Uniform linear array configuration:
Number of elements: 64
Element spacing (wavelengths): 0.25
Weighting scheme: hann
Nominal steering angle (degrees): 0
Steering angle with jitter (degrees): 1.742
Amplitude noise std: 0.05
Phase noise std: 0.05

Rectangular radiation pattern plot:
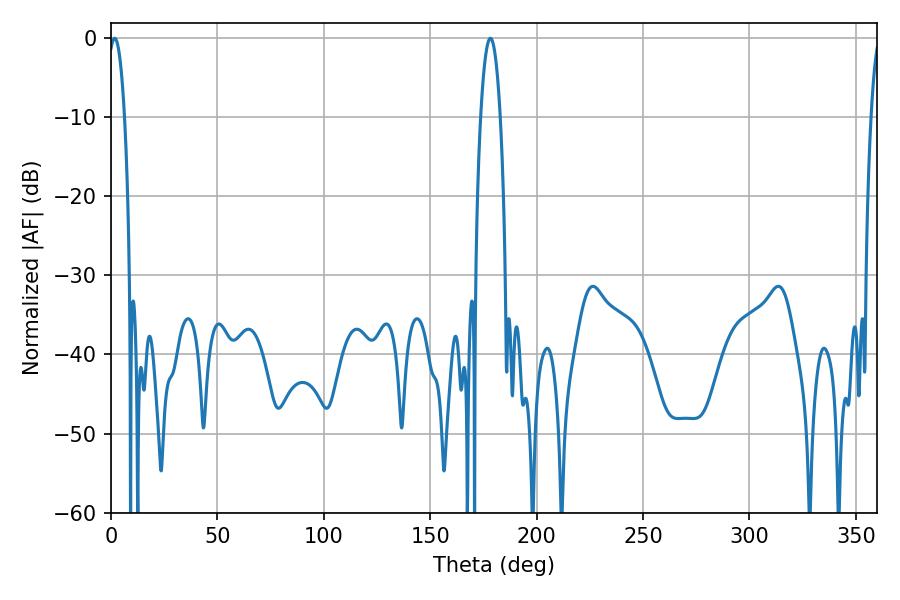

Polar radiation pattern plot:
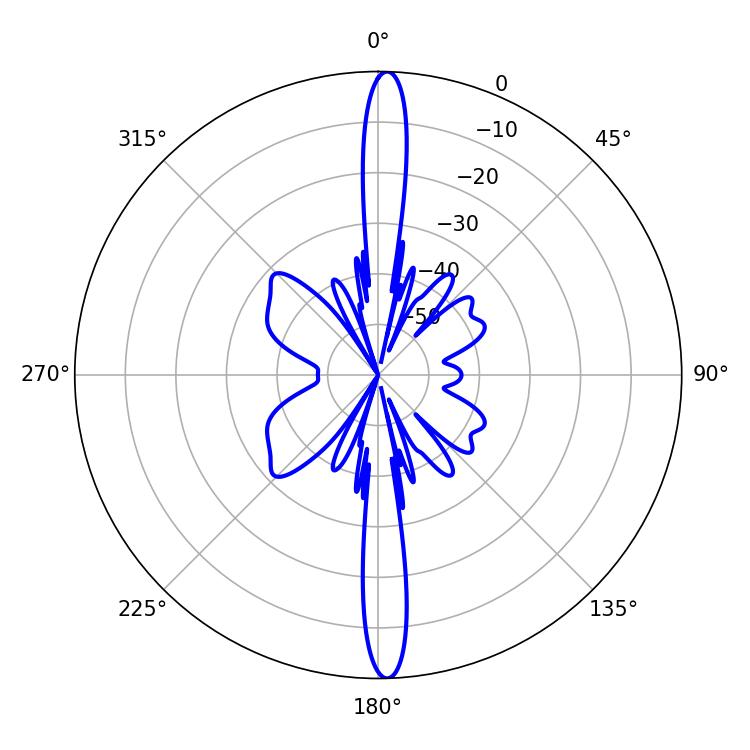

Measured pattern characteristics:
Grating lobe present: FALSE
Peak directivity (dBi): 25.539
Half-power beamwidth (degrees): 4.32
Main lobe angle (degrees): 1.8